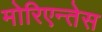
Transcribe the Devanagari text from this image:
मोरिएन्तेस